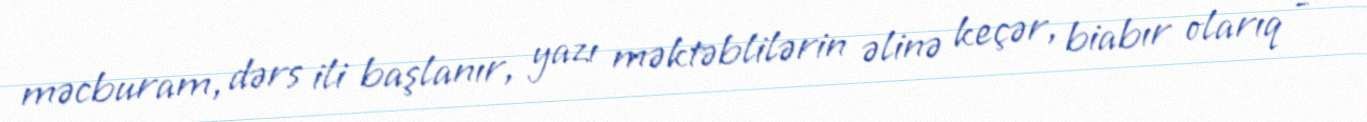
məcburam, dərs ili başlanır, yazı məktəblilərin əlinə keçər, biabır olarıq -